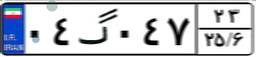
۶۶گ۰۱۰۹۳